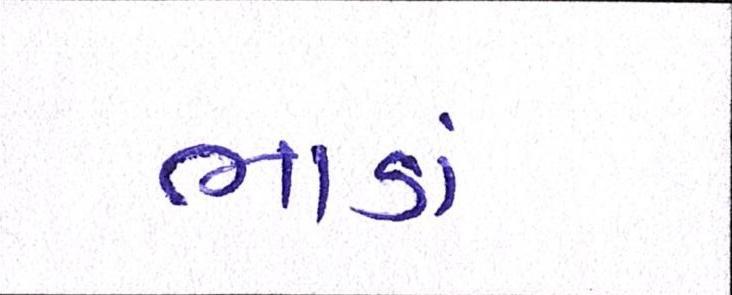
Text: ભાડાં